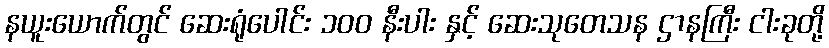
နယူးယောက်တွင် ဆေးရုံပေါင်း ၁၀၀ နီးပါး နှင့် ဆေးသုတေသန ဌာနကြီး ငါးခုတို့